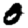
Digit: 0